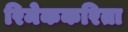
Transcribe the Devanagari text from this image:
रिमेककरिता